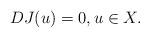
\begin{align*} DJ(u) = 0, u\in X.\end{align*}